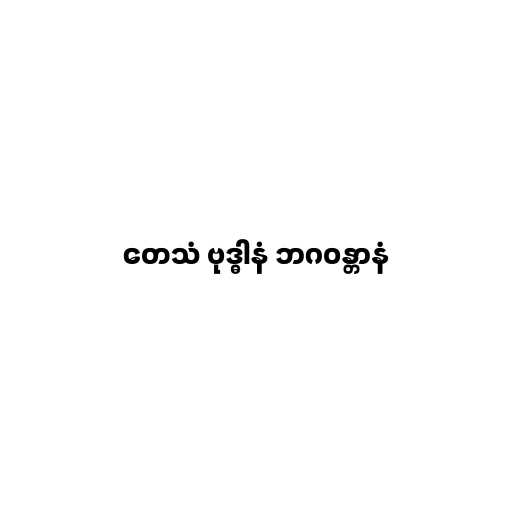
တေသံ ဗုဒ္ဓါနံ ဘဂဝန္တာနံ